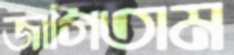
জাগিতাম